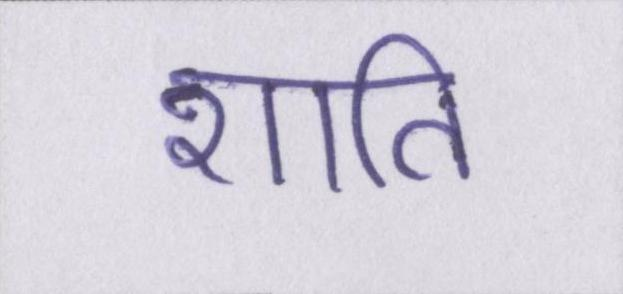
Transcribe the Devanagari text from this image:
शाति